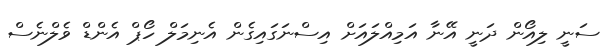
ސަނީ ލިއޯން ދަނީ އޭނާ އަމިއްލައަށް އިސްނަގައިގެން އެނިމަލް ހޯޕް އެންޑް ވެލްނެސް